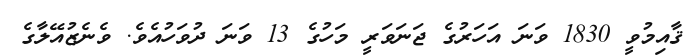
ޤާއިމުވީ 1830 ވަނަ އަހަރުގެ ޖަނަވަރީ މަހުގެ 13 ވަނަ ދުވަހުއެވެ. ވެނެޒުއޭލާގެ